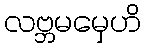
လဗ္ဘမမှေဟိ